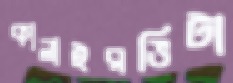
কালাইরভিটা